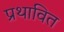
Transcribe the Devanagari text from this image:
प्रथावित